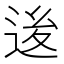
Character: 𨒥